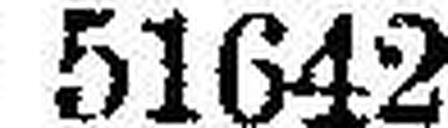
51642